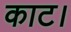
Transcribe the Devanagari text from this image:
काट।